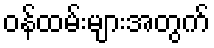
ဝန်ထမ်းများအတွက်